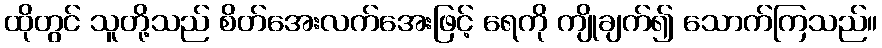
ထိုတွင် သူတို့သည် စိတ်အေးလက်အေးဖြင့် ရေကို ကျိုချက်၍ သောက်ကြသည်။